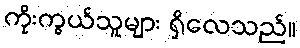
ကိုးကွယ်သူများ ရှိလေသည်။